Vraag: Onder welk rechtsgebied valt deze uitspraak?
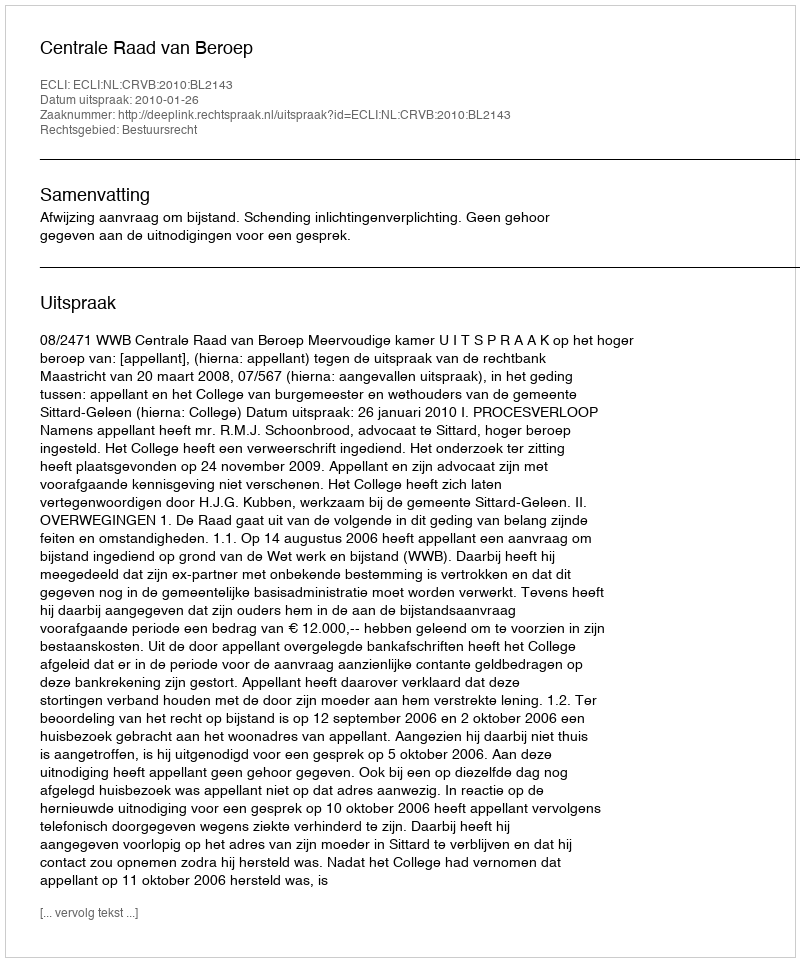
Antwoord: Bestuursrecht